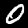
Label: 0